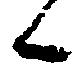
候